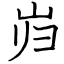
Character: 岿